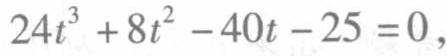
\(24t^{3}+8t^{2}-40t - 25 = 0\)